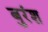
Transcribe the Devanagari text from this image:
बुरंश